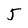
Character: 5